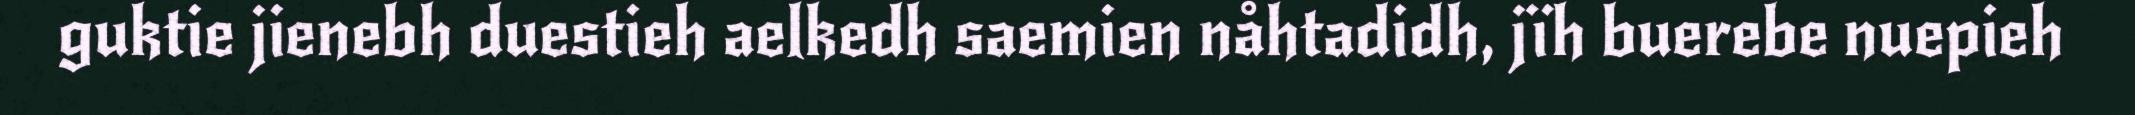
guktie jienebh duestieh aelkedh saemien nåhtadidh, jïh buerebe nuepieh